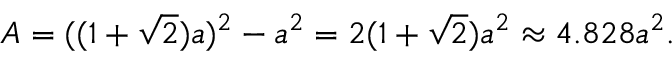
A = ( ( 1 + { \sqrt { 2 } } ) a ) ^ { 2 } - a ^ { 2 } = 2 ( 1 + { \sqrt { 2 } } ) a ^ { 2 } \approx 4 . 8 2 8 a ^ { 2 } .